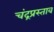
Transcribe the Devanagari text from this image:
चंद्रप्रस्ताव